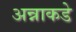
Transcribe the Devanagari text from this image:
अन्नाकडे